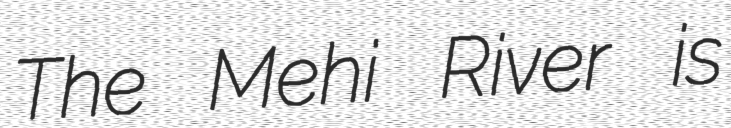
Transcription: The Mehi River is